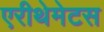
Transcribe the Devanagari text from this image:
एरीथेमेटस